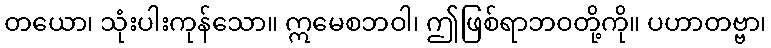
တယော၊ သုံးပါးကုန်သော။ ဣမေစဘဝါ၊ ဤဖြစ်ရာဘဝတို့ကို။ ပဟာတဗ္ဗာ၊